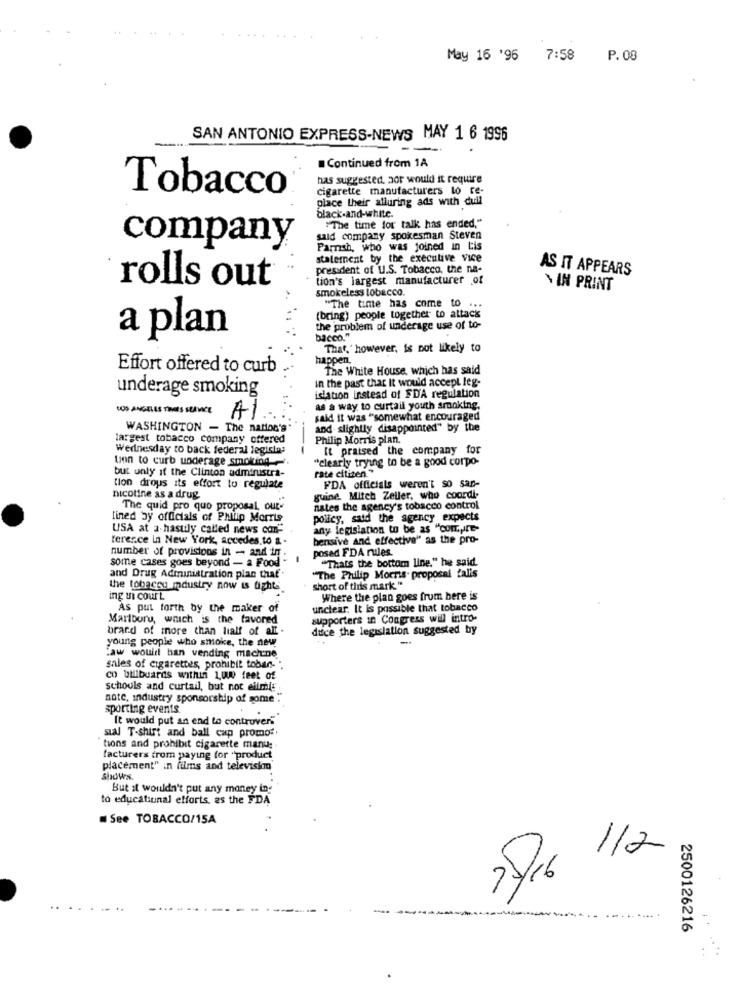
May 16 '96 7:58
P. 08
SAN ANTONIO EXPRESS-NEWS MAY 1 6 1996
-
Continued from 1A
has suggested, aor would it require
Tobacco
cigarette manufacturers lo re-
place their alluring ads with dull
black-and-white.
"The time for talk has ended,"
said company spokesman Steven
company
Pamnsh, who was joined in Lis
statement by the executive vice
president of U.S. Tobacco, the na-
AS IT APPEARS
tion's largest manufacturer of
rolls out
smokeless tobacco.
IN PRINT
"The time has come to ...
(bring) people together to attack
the problem of underage use of to-
a plan
bacco."
That,' however, is not likely to
happen.
Effort offered to curb
The White House, which has said
in the past that It would accept leg-
underage smoking
islation instead of FDA regulation
A
as a way to curtail youth sranking.
said it was "somewhat encouraged
WASHINGTON - The nation's
and slightly disappointed" by the
largest tobacco company offered
Philip Morris plan.
Wednesday to back federal legisla:
It praised the company for
tion to curb underage smoking .
"clearly trying to be a good corpo-
but unly if the Clinton administra-
rate citizen*
tion drous its effort to regulate
FDA officials weren't so san-
nicotine as a drug
guine. Mitch Zeller, who coordl
The quid pro quo proposal out-
nates the agency's tobacco control
lined by officials of Philip Morris
policy, said the agency expects
USA at a-hastily called news con-
any legislation to be as "compre-
teresce in New York, accedes.to a .
bensive and effective" as the pro-
number of provisions in - and in .
posed FDA rules.
some cases goes beyond - a Food
"Thats the bottom line." he said.
and Drug Administration plan that.
"The Philip Morris. proposal falis
the tobacco mdustry now is fight
short of this mark."
ing ui court
Where the plan goes from here is
As put forth by the maker of
unclear. It is possible that tobacco
Martburu, which is the favored
supporters in Congress will intro-
brand of more than lialf of alt -
duce the legislation suggested by
young people who smoke, the new
.aw would ban vending machine
sales of cigarettes, prohibit tobar."".
co billboards within 1,000 feet of
schools and curtail, but not ellmit
note, industry sponsorship of some
sporting events.
It would put an end to controvers
sial T-shirt and ball cap promo :.
tions and prohibit cigarette manu:
facturers from paying for "product
placement" in films and televisim
shows.
But it wouldn't put any money ing
to educatiunal efforts, as the FDA
See TOBACCO/15A
2/6 1/2
..
2500126216